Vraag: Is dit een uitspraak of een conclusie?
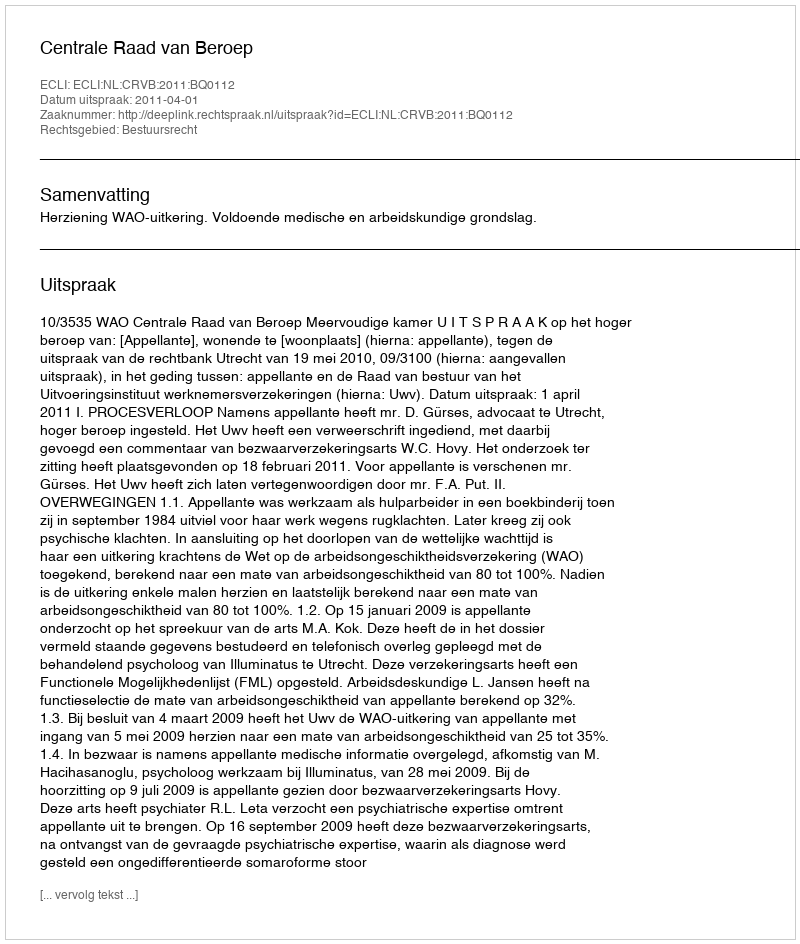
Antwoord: Uitspraak